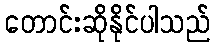
တောင်းဆိုနိုင်ပါသည်